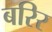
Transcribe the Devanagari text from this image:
बरिर